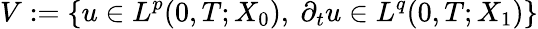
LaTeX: V:=\{ u\in L^{p}(0,T;X_{0}),\ \partial_{t}u\in L^{q}(0,T;X_{1})\}